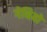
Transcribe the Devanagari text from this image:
गेथियो